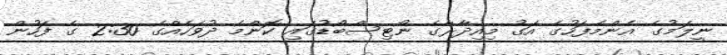
ނީލަމުގެ އެންމެފަހުގެ އަގު މިއިދާރާގެ ނޯޓިސްބޯޑުގައި ކޮންމެ ދުވަހެއްގެ 2:30 ގެ ފަހުން